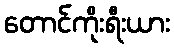
တောင်ကိုးရီးယား